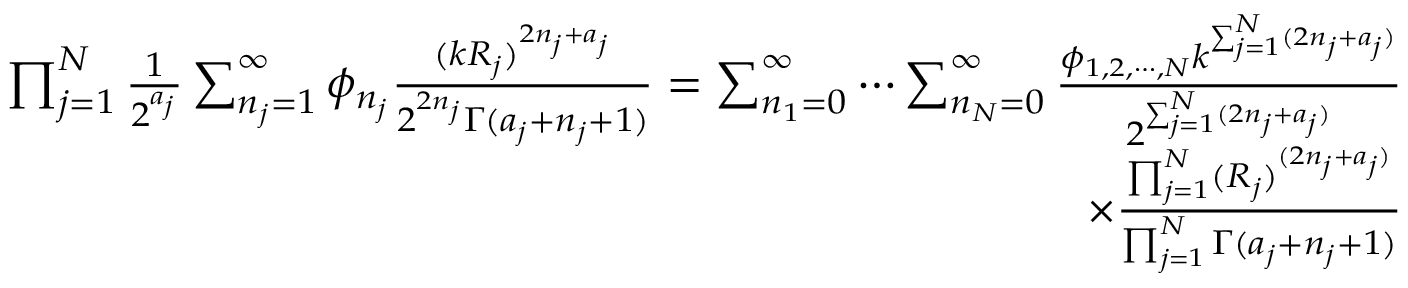
\begin{array} { r } { \prod _ { j = 1 } ^ { N } \frac { 1 } { 2 ^ { a _ { j } } } \sum _ { n _ { j } = 1 } ^ { \infty } \phi _ { n _ { j } } \frac { ( k R _ { j } ) ^ { 2 n _ { j } + a _ { j } } } { 2 ^ { 2 n _ { j } } \Gamma ( a _ { j } + n _ { j } + 1 ) } = \sum _ { n _ { 1 } = 0 } ^ { \infty } \cdots \sum _ { n _ { N } = 0 } ^ { \infty } \frac { \phi _ { 1 , 2 , \cdots , N } k ^ { \sum _ { j = 1 } ^ { N } ( 2 n _ { j } + a _ { j } ) } } { 2 ^ { \sum _ { j = 1 } ^ { N } ( 2 n _ { j } + a _ { j } ) } } } \\ { \times \frac { \prod _ { j = 1 } ^ { N } ( R _ { j } ) ^ { ( 2 n _ { j } + a _ { j } ) } } { \prod _ { j = 1 } ^ { N } \Gamma ( a _ { j } + n _ { j } + 1 ) } } \end{array}